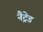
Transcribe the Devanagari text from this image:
नैट्रेड